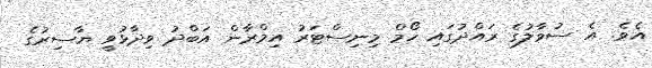
އެވެ. އެ ސުވާލުގެ ރައްދުގައި ހޯމް މިނިސްޓަރު އިމްރާން އަބްދު ވިދާޅުވީ ޔާސިރުގެ